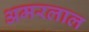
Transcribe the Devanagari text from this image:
अमरलाल